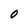
Character: O